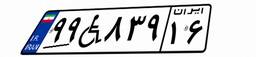
۹۹W۸۳۹۱۶